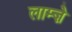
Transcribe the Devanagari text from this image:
लाम्ज़े